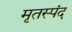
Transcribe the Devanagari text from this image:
मृतस्पंद